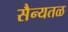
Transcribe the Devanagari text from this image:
सैन्यतळ